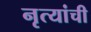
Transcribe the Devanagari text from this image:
नृत्यांची